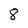
Character: 8